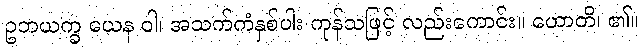
ဥဘယက္ခ ယေန ဝါ၊ အသက်ကံနှစ်ပါး ကုန်သဖြင့် လည်းကောင်း။ ဟောတိ၊ ၏။